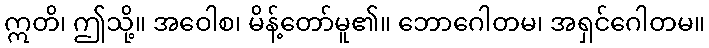
ဣတိ၊ ဤသို့။ အဝေါစ၊ မိန့်တော်မူ၏။ ဘောဂေါတမ၊ အရှင်ဂေါတမ။